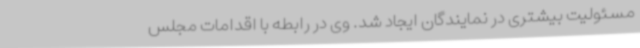
مسئولیت بیشتری در نمایندگان ایجاد شد. وی در رابطه با اقدامات مجلس